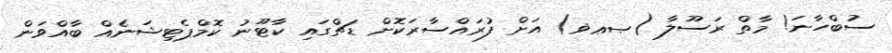
ސުބްހާނަ! މާތް ރަސޫލާ (ޞޢޥ) އަށް ފުރައްސާރަކޮށް ޑަޗްގައި ކާޓޫނު ކޮމްޕެޓިޝަނެއް ބާއްވަން